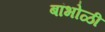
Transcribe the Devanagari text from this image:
बांभोळी